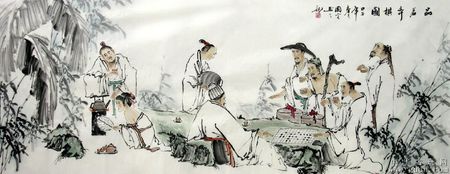
丈夫志，当景盛，耻疏闲。